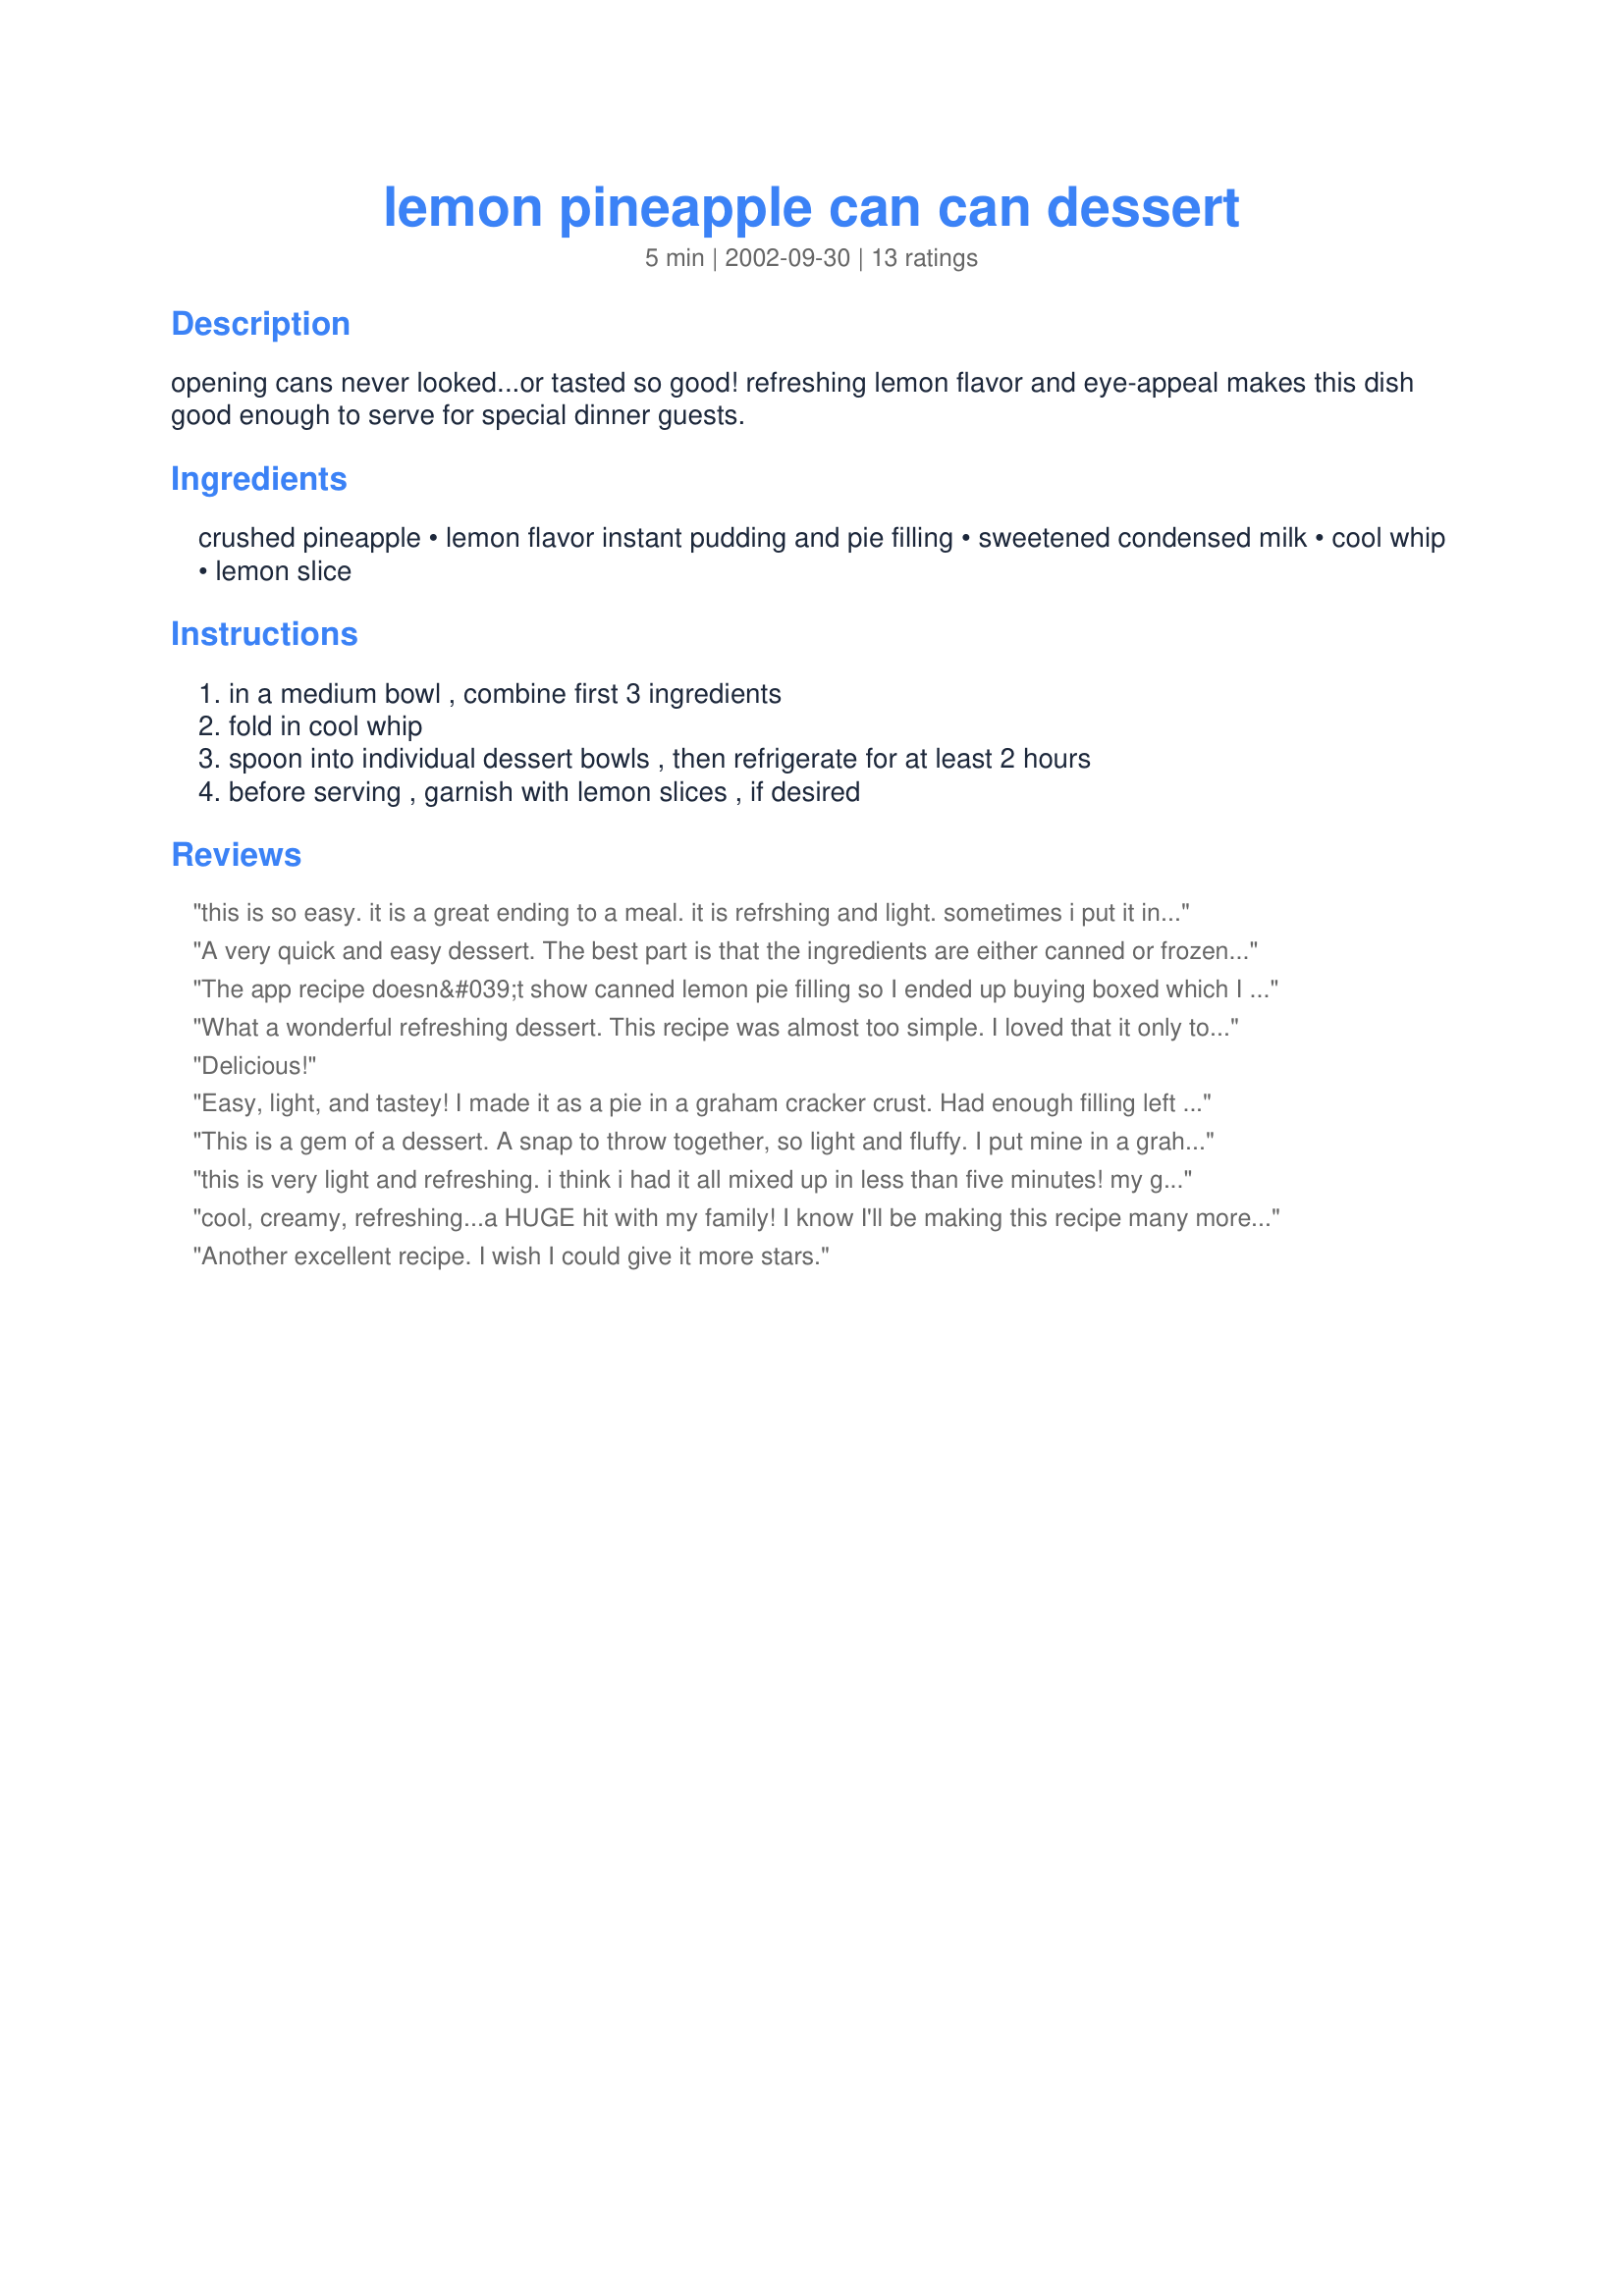
lemon pineapple can can dessert
Preparation time: 5 minutes

opening cans never looked...or tasted so good! refreshing lemon flavor and eye-appeal makes this dish good enough to serve for special dinner guests.

Ingredients:
crushed pineapple, lemon flavor instant pudding and pie filling, sweetened condensed milk, cool whip, lemon slice

Steps:
in a medium bowl , combine first 3 ingredients, fold in cool whip, spoon into individual dessert bowls , then refrigerate for at least 2 hours, before serving , garnish with lemon slices , if desired

Reviews:
this is so easy. it is a great ending to a meal. it is refrshing and light. sometimes i put it in a graham cracker crust and serve it as a pie. my family just loves this at anytime of year. thanks renegade for this flavorful ending to a meal
A very quick and easy dessert. The best part is that the ingredients are either canned or frozen so you can always have them on hand and throw this dessert together with little notice. Perfect summer treat.
The app recipe doesn&#039;t show canned lemon pie filling so I ended up buying boxed which I made as normal and used. Will have to try it with the canned filling next time. I thought this was very good and super easy to make . I put half in a graham cracker pie crust and froze it.. And the other half just in the cool whip bowl me froze that also. Makes a perfect snack or after dinner treat. Thanks for the great recipe.
What a wonderful refreshing dessert. This recipe was almost too simple. I loved that it only took me 5 minutes to throw together. My husband who doesn't normally like lemon desserts had a pretty good helping of it last night. I already know this isn't the last time I'll be making this dessert and next time I'm thinking about adding a package of cream cheese!
Delicious!
Easy, light, and tastey! I made it as a pie in a graham cracker crust. Had enough filling left over to make two large single serve desserts also. The lemon and pineapple really compliment each other in taste. Thank you Renegade!
This is a gem of a dessert. A snap to throw together, so light and fluffy. I put mine in a graham cracker crust and made it into a pie, simply delicious. The lemon and pineapple go wonderful together. I will keep the ingreds. on hand, to whip up whevever I need a fast dessert. 
Thanks so much.
this is very light and refreshing. i think i had it all mixed up in less than five minutes! my guys all really liked it and i'll be keeping the ingredients on hand for a quick and delicious dessert.
cool, creamy, refreshing...a HUGE hit with my family! I know I'll be making this recipe many more times this summer! Thanks
Another excellent recipe. 
 I wish I could give it more stars.
This is a great make-ahead dessert to serve guests. A perfect ending to just about any meal. I love the combination of the pineapple and lemon. Very flavorful and easy to make. Thanks again Renegade for another gread dish. :-)

As time has passed, I find myself suspicious of &quot;boxes&quot; and &quot;cans&quot;, preferring &quot;scratch&quot;, whatever that really is. This is a happy exception. I did use a fresh pineapple I happened to have on hand, other than that, boxes and cans turned out delicious.
Very easy to make. Everyone 
gobbled this one down in minutes.
It is very refreshing. I highly
recommend for everyone to try this recipe.
